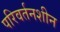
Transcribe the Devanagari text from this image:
परिवर्तनशीन